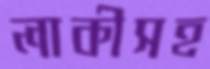
লাকীসহ